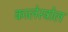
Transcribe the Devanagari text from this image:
कालेस्ट्रोल